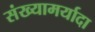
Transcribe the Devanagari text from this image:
संख्यामर्यादा